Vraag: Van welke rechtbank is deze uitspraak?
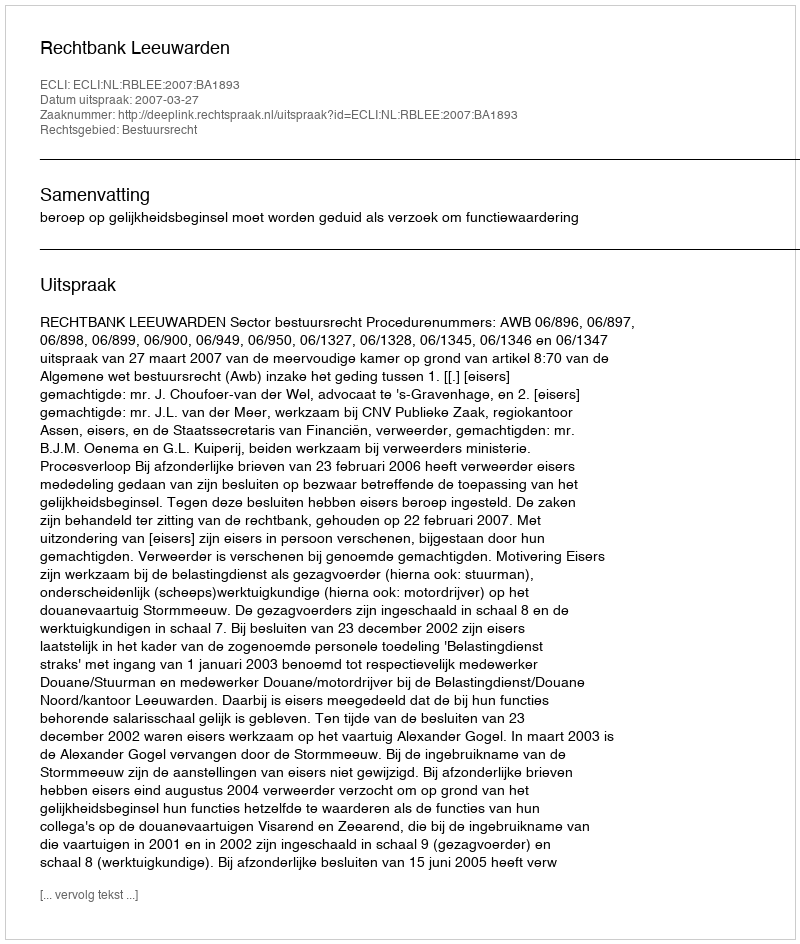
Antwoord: Rechtbank Leeuwarden